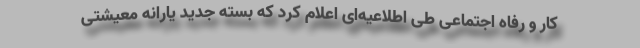
کار و رفاه اجتماعی طی اطلاعیه‌ای اعلام کرد که بسته جدید یارانه معیشتی